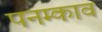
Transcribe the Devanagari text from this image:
पनम्काव